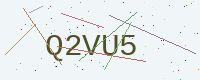
Text: Q2VU5